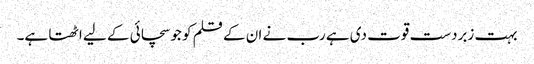
بہت زبردست قوت دی ہے رب نے ان کے قلم کو جو سچائی کے لیے اٹھتا ہے۔